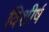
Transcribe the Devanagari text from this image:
विशीर्ष